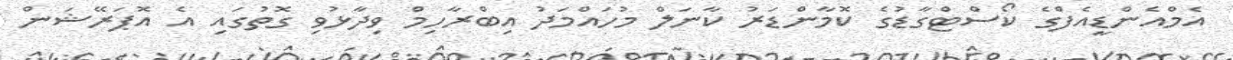
އެމްއެންޑީއެފްގެ ކޯސްޓްގާޑުގެ ކޮމާންޑަރު ކާނަލް މުހައްމަދު އިބްރާހިމް ވިދާޅުވި ގޮތުގައި އެ އޮޕަރޭޝަން